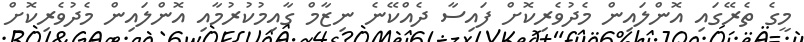
މީގެ ތެރޭގައި އޮންލައިން މެދުވެރިކޮށް ފައިސާ ދެއްކޭނެ ނިޒާމް ގާއިމުކުރުމާއި އޮންލައިން މެދުވެރިކޮށް